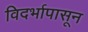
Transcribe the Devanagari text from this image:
विदर्भापासून